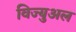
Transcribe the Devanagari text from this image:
विज्युअल